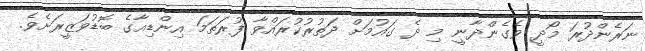
ނަރެންދުރަ މޯދީ ވެގެންދާނީ މި ދެ ގައުމަށް ދަތުރުކުރައްވާ ފުރަތަމަ އިންޑިއާގެ ބޮޑުވަޒީރަށެވެ.